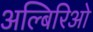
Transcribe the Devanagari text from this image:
अल्बिरिओ